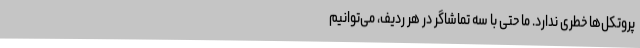
پروتکل‌ها خطری ندارد. ما حتی با سه تماشاگر در هر ردیف، می‌توانیم